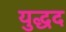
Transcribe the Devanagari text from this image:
युद्धद